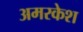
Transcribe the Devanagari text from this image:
अमरकेश